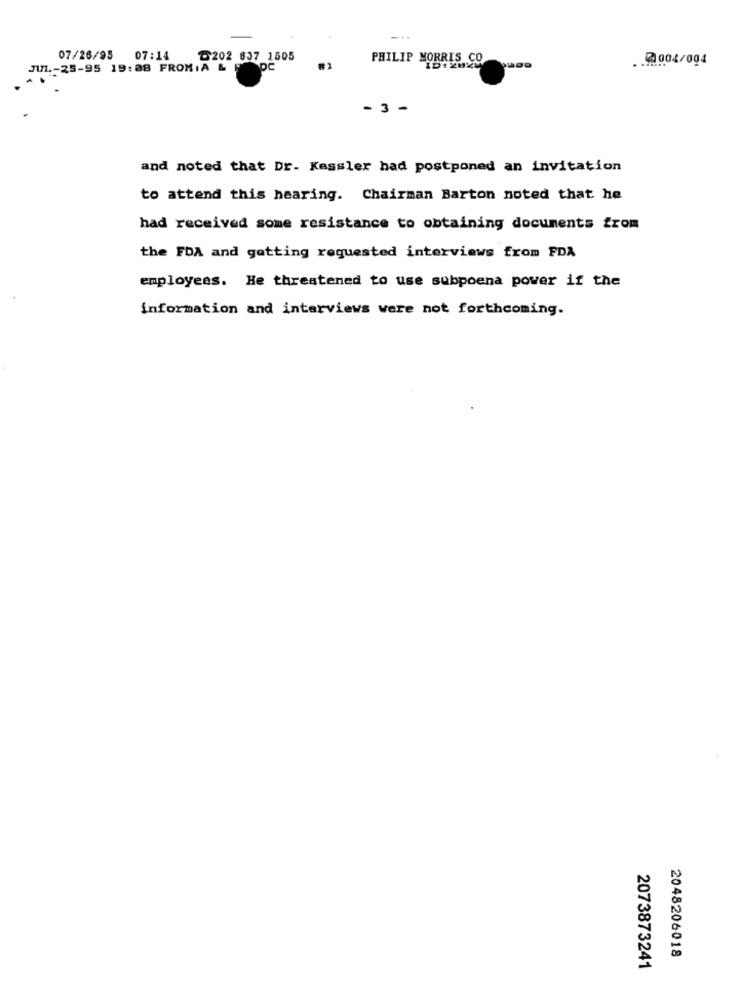
07/26/95 07:14
৳202 837 1505
PHILIP MORRIS CO
2004/004
JUL-25-95 19:08 FROMIA &
- 3 -
and noted that Dr. Kessler had postponed an invitation
to attend this hearing. Chairman Barton noted that he
had received some resistance to obtaining documents from
the FDA and getting requested interviews from FDA
employees. He threatened to use subpoena power if the
information and interviews were not forthcoming.
2048206018
2073873241